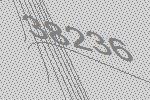
38236